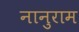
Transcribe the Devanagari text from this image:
नानुराम